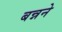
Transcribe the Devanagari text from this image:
बन्नने